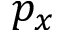
p _ { x }